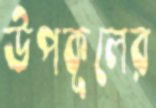
উপকূলের